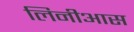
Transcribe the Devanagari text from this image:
लिनीआस